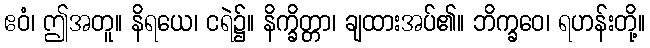
ဧဝံ၊ ဤအတူ။ နိရယေ၊ ငရဲ၌။ နိက္ခိတ္တာ၊ ချထားအပ်၏။ ဘိက္ခဝေ၊ ရဟန်းတို့။